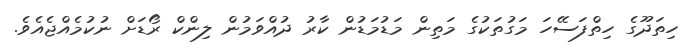
ހިތަދޫގެ ހިތްފަސޭހަ މަގުތަކުގެ މަތިން މަޑުމަޑުން ކާރު ދުއްވަމުން ލިންކް ރޯޑަށް ނުކުމެއްޖެއެވެ.